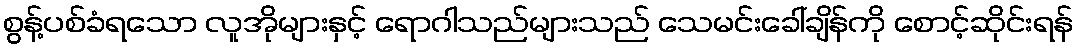
စွန့်ပစ်ခံရသော လူအိုများနှင့် ရောဂါသည်များသည် သေမင်းခေါ်ချိန်ကို စောင့်ဆိုင်းရန်